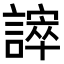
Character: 𧫒